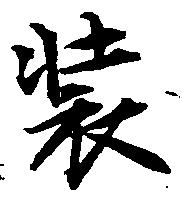
装